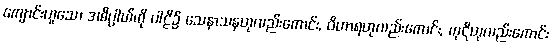
ကျောင်းဟူသော အဓိပ္ပာယ်ကို ပါဠိ၌ သေနာသနဟုလည်းကောင်း, ဝိဟာရဟုလည်းကောင်း, ကုဋိဟုလည်းကောင်း